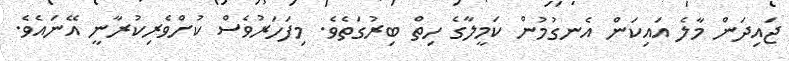
ޖައިދަން މާލެ އައިކަން އެނގުމުން ކަމީލާގެ ހިތް ބިރުގަތެވެ. މިފަހަރުވެސް ކުށްވެރިކުރާނީ އޭނައެވެ.